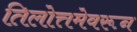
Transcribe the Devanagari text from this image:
तिलोत्तमेवरून